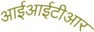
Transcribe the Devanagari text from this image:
आईआईटीआर